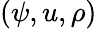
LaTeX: (\psi,u,\rho)